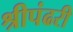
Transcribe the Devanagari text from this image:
श्रीपंढरी